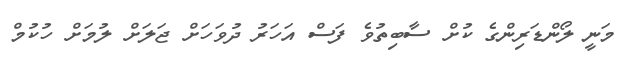
މަނީ ލޯންޑަރިންގެ ކުށް ސާބިތުވެ ފަސް އަހަރު ދުވަހަށް ޖަލަށް ލުމަށް ހުކުމް